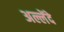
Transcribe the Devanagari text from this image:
अल्लेंदे